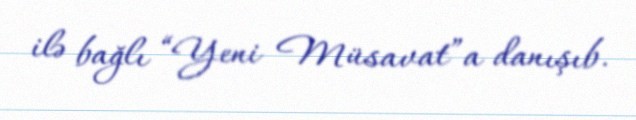
ilə bağlı “Yeni Müsavat”a danışıb.